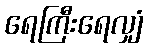
ရေကြီးရေလျှံ